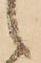
之